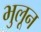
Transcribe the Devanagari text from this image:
भुलून